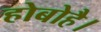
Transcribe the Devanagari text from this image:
होबोहै।